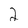
Character: 2